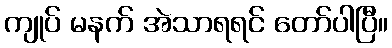
ကျုပ် မနက် အဲသာရရင် တော်ပါပြီ။